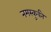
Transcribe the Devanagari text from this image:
नमस्कुर्वते